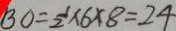
B O = \frac { 1 } { 2 } \times 6 \times 8 = 2 4